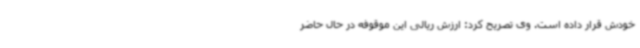
خودش قرار داده است. وی تصریح کرد: ارزش ریالی این موقوفه در حال حاضر